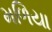
મળિયા